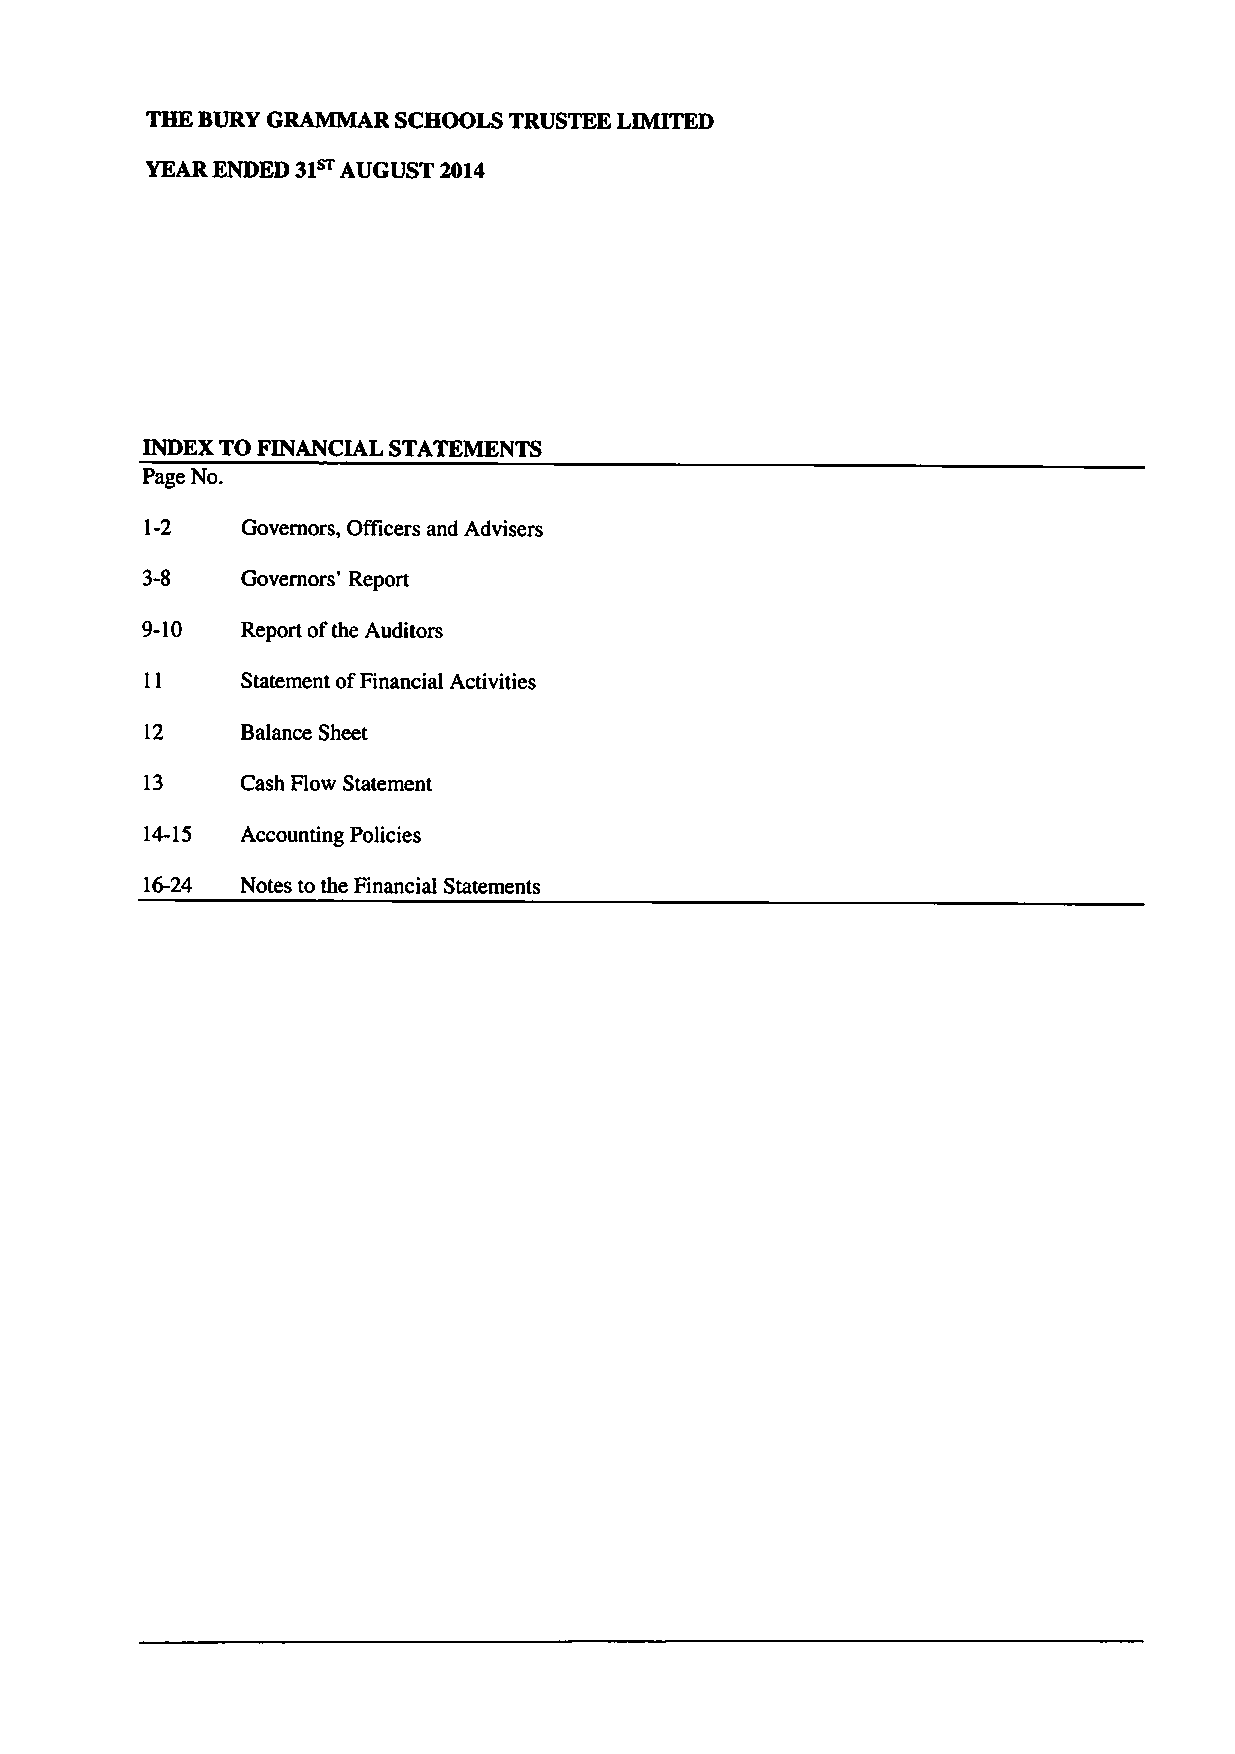
THE BURYGRAMMAR SCHOOLS TRUSTEE LIMITED
 31~
 YEARENDED   AUGUST 2014
 INDEX TO FINANCIAL STATEMENTS
 Page No.
 1-2   Governors, Officers and Advisers
 3-8    Governors' Report
 9-10   Report ofthe Auditors
 Statement ofFinancial Activities
 12    Balance Sheet
 13    Cash Flow Statement
 14-15 Accounting Policies
 16-24 Notes to the Financial Statements